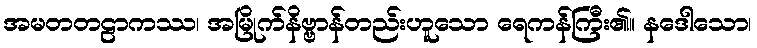
အမတတဠာကဿ၊ အမြိုက်နိဗ္ဗာန်တည်းဟူသော ရေကန်ကြီး၏။ နဒေါသော၊